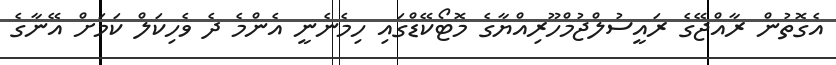
އެގޮތުން ރާއްޖޭގެ ރައީސުލްޖުމްހޫރިއްޔާގެ މޮޓޯކޭޑްގައި ހިމެނެނީ އެންމެ ދެ ވެހިކަލް ކަމަށް އޭނާގެ